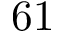
6 1